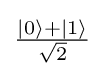
{\textstyle {\frac {\left|0\right\rangle +\left|1\right\rangle }{\sqrt {2}}}}